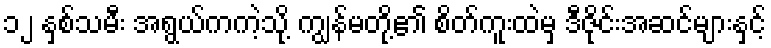
၁၂ နှစ်သမီး အရွယ်ကကဲ့သို့ ကျွန်မတို့၏ စိတ်ကူးထဲမှ ဒီဇိုင်းအဆင်များနှင့်